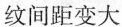
纹间距变大